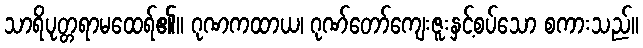
သာရိပုတ္တရာမထေရ်၏။ ဂုဏကထာယ၊ ဂုဏ်တော်ကျေးဇူးနှင့်စပ်သော စကားသည်။